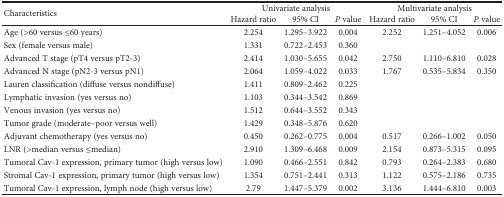
| <ROWSPAN=2> Characteristics | <COLSPAN=3> Univariate analysis | <COLSPAN=3> Multivariate analysis |
 | Hazard ratio | 95% CI | P value | Hazard ratio | 95% CI | P value |
 | --- | --- | --- | --- | --- | --- | --- |
 | Age (>60 versus ≤60 years) | 2.254 | 1.295–3.922 | 0.004 | 2.252 | 1.251–4.052 | 0.006 |
 | Sex (female versus male) | 1.331 | 0.722–2.453 | 0.360 |  |  |  |
 | Advanced T stage (pT4 versus pT2-3) | 2.414 | 1.030–5.655 | 0.042 | 2.750 | 1.110–6.810 | 0.028 |
 | Advanced N stage (pN2-3 versus pN1) | 2.064 | 1.059–4.022 | 0.033 | 1.767 | 0.535–5.834 | 0.350 |
 | Lauren classification (diffuse versus nondiffuse) | 1.411 | 0.809–2.462 | 0.225 |  |  |  |
 | Lymphatic invasion (yes versus no) | 1.103 | 0.344–3.542 | 0.869 |  |  |  |
 | Venous invasion (yes versus no) | 1.512 | 0.644–3.552 | 0.343 |  |  |  |
 | Tumor grade (moderate–poor versus well) | 1.429 | 0.348–5.876 | 0.620 |  |  |  |
 | Adjuvant chemotherapy (yes versus no) | 0.450 | 0.262–0.775 | 0.004 | 0.517 | 0.266–1.002 | 0.050 |
 | LNR (>median versus ≤median) | 2.910 | 1.309–6.468 | 0.009 | 2.154 | 0.873–5.315 | 0.095 |
 | Tumoral Cav-1 expression, primary tumor (high versus low) | 1.090 | 0.466–2.551 | 0.842 | 0.793 | 0.264–2.383 | 0.680 |
 | Stromal Cav-1 expression, primary tumor (high versus low) | 1.354 | 0.751–2.441 | 0.313 | 1.122 | 0.575–2.186 | 0.735 |
 | Tumoral Cav-1 expression, lymph node (high versus low) | 2.79 | 1.447–5.379 | 0.002 | 3.136 | 1.444–6.810 | 0.003 |